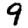
Digit: 9